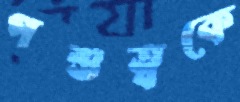
পশুত্বকে